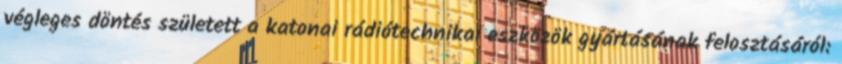
végleges döntés született a katonai rádiótechnikai eszközök gyártásának felosztásáról: